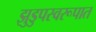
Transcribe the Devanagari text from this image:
झुडुपस्वरूपात